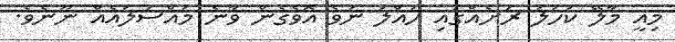
މިއީ މާލޭ ކަހަލަ ރަށެއްގައި ހައްލު ނުވެ އޮވެގެން ވާނެ މައްސަލައެއް ނޫނެވެ.